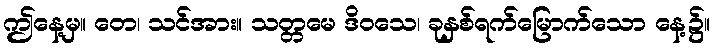
ဤနေ့မှ။ တေ၊ သင်အား။ သတ္တမေ ဒိဝသေ၊ ခုနှစ်ရက်မြောက်သော နေ့၌။